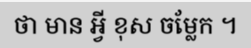
ថា មាន អ្វី ខុស ចម្លែក ។